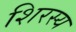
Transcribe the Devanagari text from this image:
शिरस्य